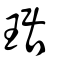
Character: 琚